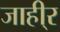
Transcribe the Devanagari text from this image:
जाही्र